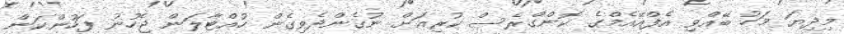
މިދިޔަ މަހު ބޭއްވި އެފްއޭއެމްގެ ކޮންގްރެސް ކުރިއަށް ނުގެންދެވިގެން ހުއްޓާލަން ޖެހުނު ފަހުންކަން